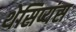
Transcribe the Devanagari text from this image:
थेसिप्यंस